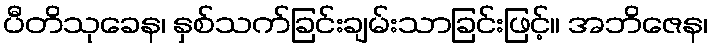
ပီတိသုခေန၊ နှစ်သက်ခြင်းချမ်းသာခြင်းဖြင့်။ အဘိဇေန၊